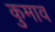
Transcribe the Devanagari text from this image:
कुमाव